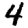
Digit: 4